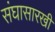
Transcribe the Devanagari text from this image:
संघासारखी